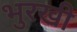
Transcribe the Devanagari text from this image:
भुरखी